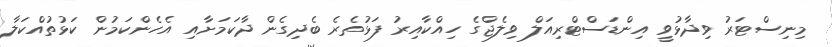
މިނިސްޓަރު ވިދާޅުވީ އިންޑަސްޓްރިއަލް ވިލެޖްގެ ހިއްކާއިރު ފަޅުތެރެ ބެދިގެން ދާކަމަށާއި އެހެންކަމުން ކަޅުތުއްކަލާ